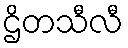
ဌိတသီလီ